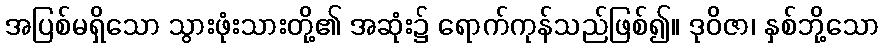
အပြစ်မရှိသော သွားဖုံးသားတို့၏ အဆုံး၌ ရောက်ကုန်သည်ဖြစ်၍။ ဒုဝိဇာ၊ နှစ်ဘို့သော